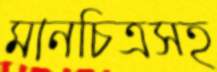
মানচিত্রসহ